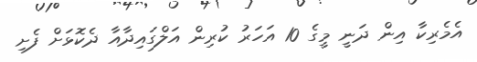
އެމެރިކާ އިން ދަނީ މީގެ 10 އަހަރު ކުރިން އަލްގައިދާއާ ދެކޮޅަށް ފެށި